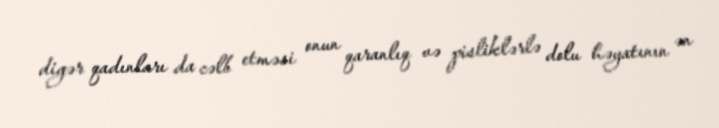
digər qadınları da cəlb etməsi onun qaranlıq və pisliklərlə dolu həyatının ən